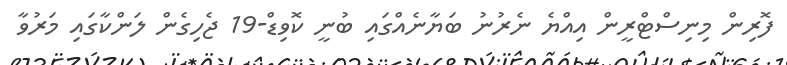
ފޮރިން މިނިސްޓްރީން އިއްޔެ ނެރުނު ބަޔާނެއްގައި ބުނީ ކޮވިޑް-19 ޖެހިގެން ލަންކާގައި މަރުވާ